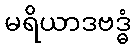
မရိယာဒဗဒ္ဓံ